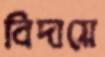
বিদায়ে